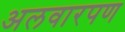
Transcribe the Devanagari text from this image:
अलवारपण